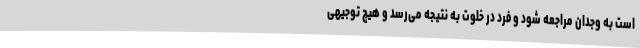
است به وجدان مراجعه شود و فرد در خلوت به نتیجه می‌رسد و هیچ توجیهی